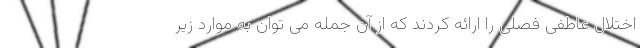
اختلال عاطفی فصلی را ارائه کردند که از آن جمله می توان به موارد زیر